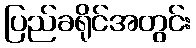
ပြည်ခရိုင်အတွင်း